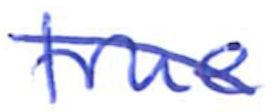
Text: true
Cross-out: diagonal
Writing tool: ballpoint